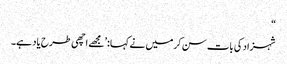
“
شہزاد کی بات سن کرمیں نے کہا:’مجھے اچھی طرح یاد ہے۔